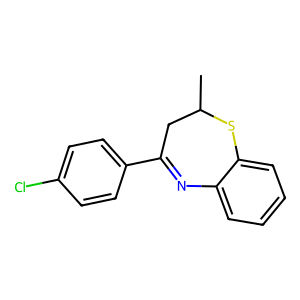
SMILES: CC1CC(c2ccc(Cl)cc2)=Nc2ccccc2S1
Inhibits HIV replication: No